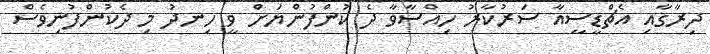
ދިރާގާއި އެޗްޑީސީއާ ސަރުކާރު ހިއްސާވާ ދެ ކުންފުންޔަށް ވީ ހިނދު މި ދެކުންފުނިވެސް